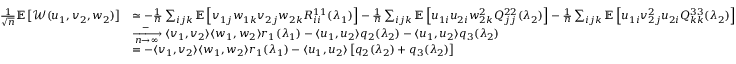
\begin{array} { r l } { \frac { 1 } { \sqrt n } \mathbb { E } \left[ { \mathcal { W } } ( u _ { 1 } , v _ { 2 } , w _ { 2 } ) \right] } & { \simeq - \frac 1 n \sum _ { i j k } \mathbb { E } \left[ v _ { 1 j } w _ { 1 k } v _ { 2 j } w _ { 2 k } R _ { i i } ^ { 1 1 } ( \lambda _ { 1 } ) \right] - \frac 1 n \sum _ { i j k } \mathbb { E } \left[ u _ { 1 i } u _ { 2 i } w _ { 2 k } ^ { 2 } Q _ { j j } ^ { 2 2 } ( \lambda _ { 2 } ) \right] - \frac 1 n \sum _ { i j k } \mathbb { E } \left[ u _ { 1 i } v _ { 2 j } ^ { 2 } u _ { 2 i } Q _ { k k } ^ { 3 3 } ( \lambda _ { 2 } ) \right] } \\ & { \xrightarrow [ n \to \infty ] - \langle v _ { 1 } , v _ { 2 } \rangle \langle w _ { 1 } , w _ { 2 } \rangle r _ { 1 } ( \lambda _ { 1 } ) - \langle u _ { 1 } , u _ { 2 } \rangle q _ { 2 } ( \lambda _ { 2 } ) - \langle u _ { 1 } , u _ { 2 } \rangle q _ { 3 } ( \lambda _ { 2 } ) } \\ & { = - \langle v _ { 1 } , v _ { 2 } \rangle \langle w _ { 1 } , w _ { 2 } \rangle r _ { 1 } ( \lambda _ { 1 } ) - \langle u _ { 1 } , u _ { 2 } \rangle \left[ q _ { 2 } ( \lambda _ { 2 } ) + q _ { 3 } ( \lambda _ { 2 } ) \right] } \end{array}